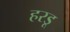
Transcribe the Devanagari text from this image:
हरडू